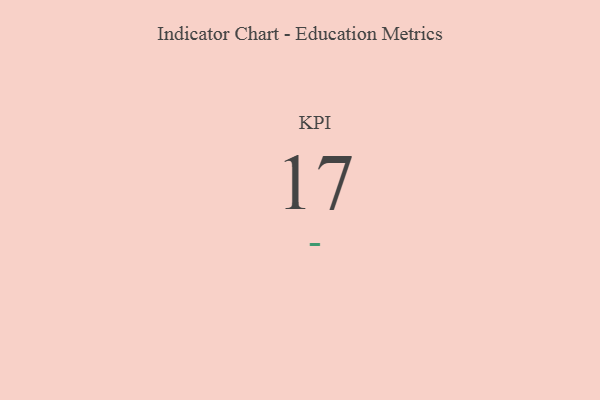
{"axis": {"x": "KPI", "y": "Value"}, "legend": [""], "data": [{"x": "KPI", "y": 17, "type": ""}]}